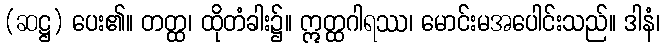
(ဆဋ္ဌ) ပေး၏။ တတ္ထ၊ ထိုတံခါး၌။ ဣတ္ထဂါရဿ၊ မောင်းမအပေါင်းသည်။ ဒါနံ၊